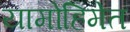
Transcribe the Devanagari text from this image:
यामोहिमेत